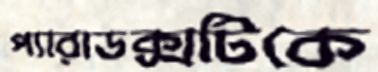
প্যারাডক্সটিকে